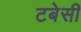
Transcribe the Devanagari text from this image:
टबेसी